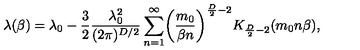
\lambda ( \beta ) = \lambda _ { 0 } - \frac { 3 } { 2 } \frac { \lambda _ { 0 } ^ { 2 } } { ( 2 \pi ) ^ { D / 2 } } \sum _ { n = 1 } ^ { \infty } \biggl ( \frac { m _ { 0 } } { \beta n } \biggr ) ^ { \frac { D } { 2 } - 2 } K _ { \frac { D } { 2 } - 2 } ( m _ { 0 } n \beta ) ,